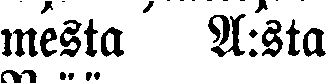
mesta A:sta